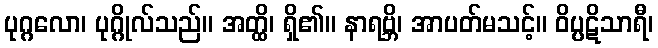
ပုဂ္ဂလော၊ ပုဂ္ဂိုလ်သည်။ အတ္ထိ၊ ရှိ၏။ နာရဗ္ဘိ၊ အာပတ်မသင့်။ ဝိပ္ပဋိသာရီ၊